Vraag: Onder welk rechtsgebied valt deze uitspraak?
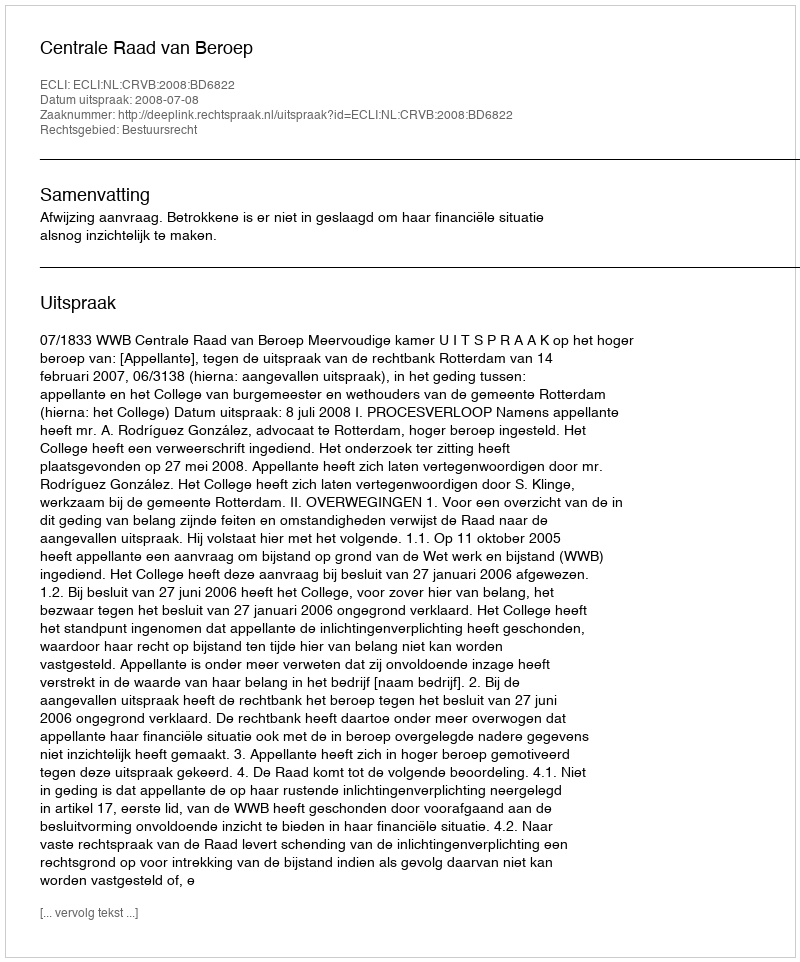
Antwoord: Bestuursrecht